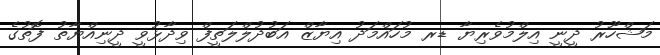
މަޝްހޫރު ދީނީ އިލްމުވެރިޔާ ޑރ މުހައްމަދު އިޔާޒް އަބުދުލްލަތީފް ވިދާޅުވީ ދީނިއްޔާތު ފޮތުގެ